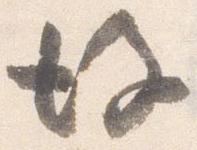
後